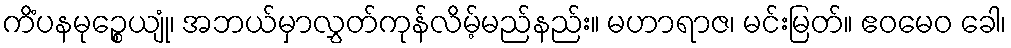
ကိံပနမုဉ္စေယျုံ၊ အဘယ်မှာလွှတ်ကုန်လိမ့်မည်နည်း။ မဟာရာဇ၊ မင်းမြတ်။ ဧဝမေဝ ခေါ၊